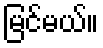
မြင်မယ်။